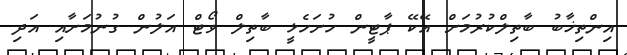
އިންތިޚާބު ބާތިލްކުރުމަށް އޭކޭ ޕާޓީން ހުށަހެޅީ ބާތިލް ވޯޓް އަލުން ގުނުމަށާއި އަދި